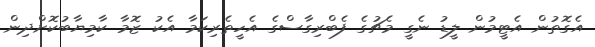
އެގޮތުން އެޓީމުން ލީޑު ނެގީ މެޗުގެ ފެބްރިގާސްގެ އެހީތެރިކަމާ އެކު ޒޮމާ ކާމިޔާބުކޮށްދިން